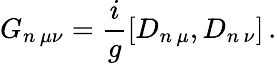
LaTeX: G_{n\, \mu\nu}=\frac{i}{g}[D_{n\, \mu},D_{n\, \nu}]\, .